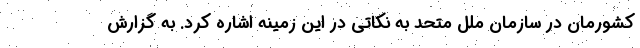
کشورمان در سازمان ملل متحد به نکاتی در این زمینه اشاره کرد. به گزارش